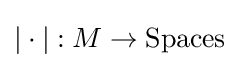
|\cdot |:M\to {\text{Spaces}}